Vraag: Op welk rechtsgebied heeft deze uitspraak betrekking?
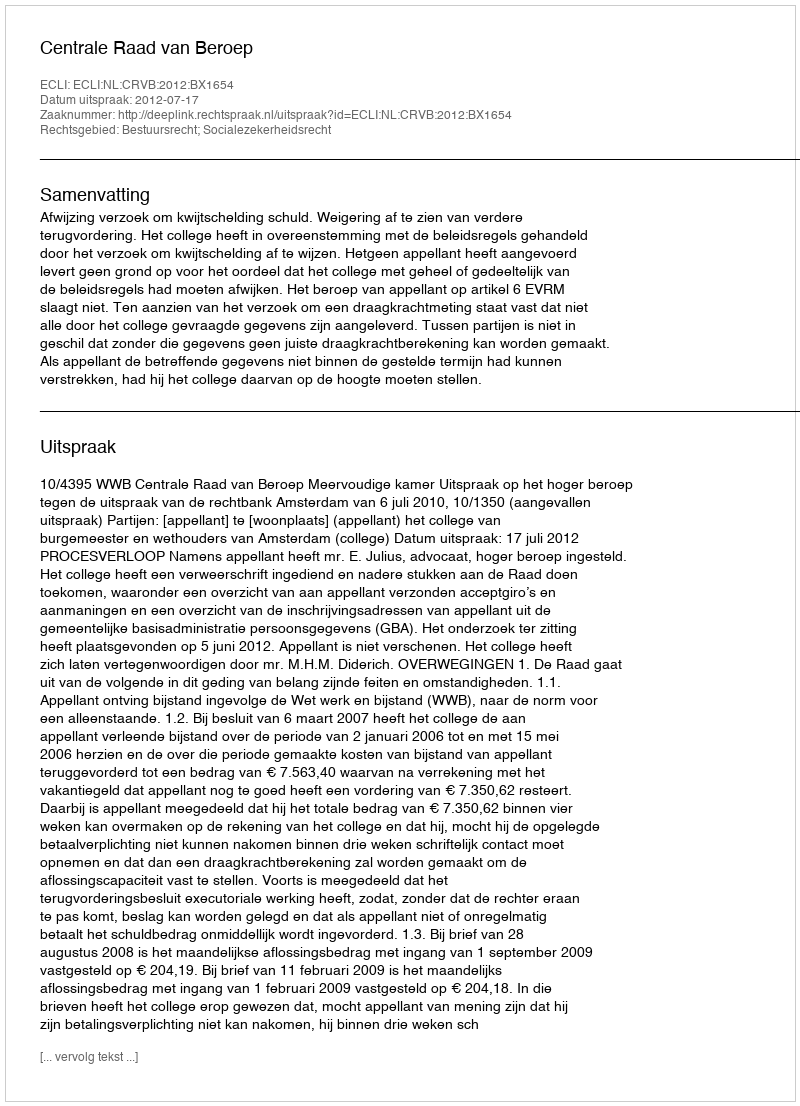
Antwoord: Bestuursrecht; Socialezekerheidsrecht